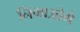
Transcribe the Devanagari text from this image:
निभाओगे